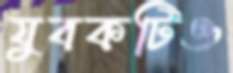
যুবকটিও